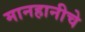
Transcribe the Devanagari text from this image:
मानहानीचे